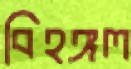
বিহঙ্গল